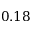
0 . 1 8